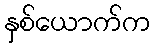
နှစ်ယောက်က